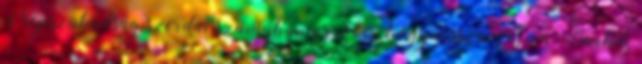
Népszabadság szerdai számában arról ír, hogy visszavonja a Bartók